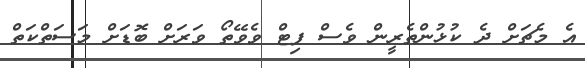
އެ މެޗަށް ދެ ކުޅުންތެރީން ވެސް ފިޓް ވެވޭތޯ ވަރަށް ބޮޑަށް މަސަތްކަތް